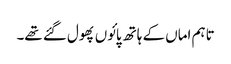
تاہم اماں کے ہاتھ پائوں پھول گئے تھے۔